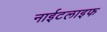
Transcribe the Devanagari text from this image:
नाईटलाइफ